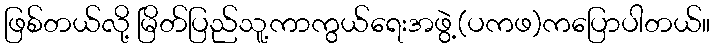
ဖြစ်တယ်လို့ မြိတ်ပြည်သူ့ကာကွယ်ရေးအဖွဲ့(ပကဖ)ကပြောပါတယ်။